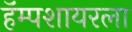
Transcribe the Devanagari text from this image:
हॅम्पशायरला